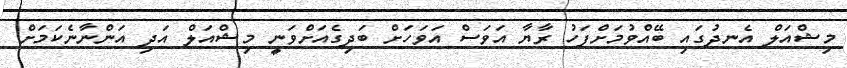
މިޝްއަލް އެނދުގައި ބޭއްވުމަށްފަހު ރާޔާ އަވަސް އަވަހަށް ބަދިގެއަށްވަނީ މިޝްއަލް އަދި އަންނާނެކަމަށް